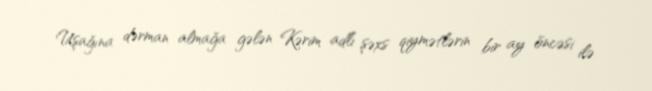
Uşağına dərman almağa gələn Kərim adlı şəxs qiymətlərin bir ay öncəsi ilə